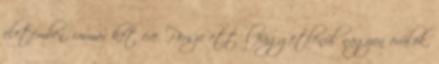
életemben, immár két éve. Persze ettől függetlenül nagyon örülök,